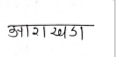
मजकूर: आराखडा